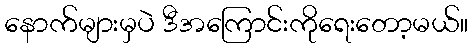
နောက်များမှပဲ ဒီအကြောင်းကိုရေးတော့မယ်။